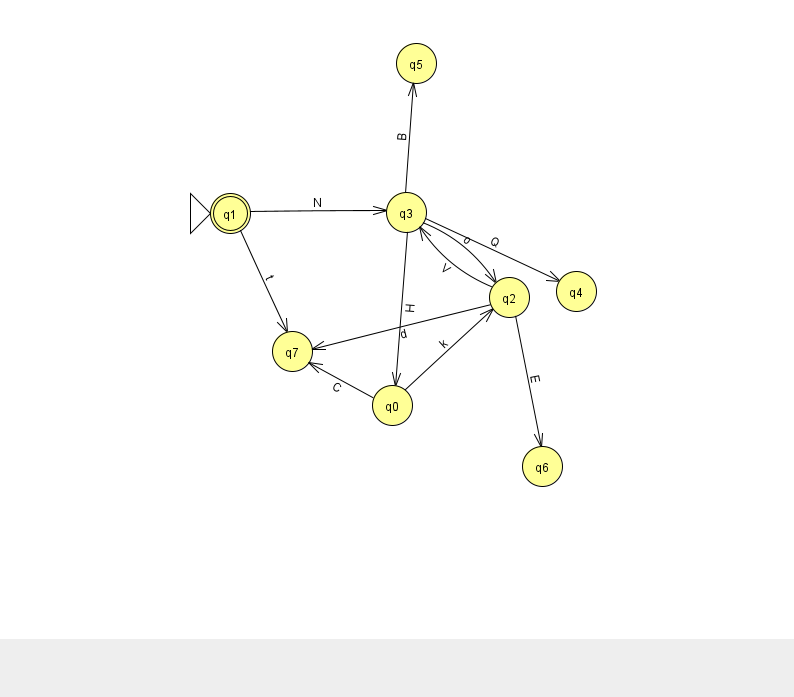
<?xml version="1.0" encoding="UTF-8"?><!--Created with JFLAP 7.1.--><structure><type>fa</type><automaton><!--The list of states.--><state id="0" name="q0"><x>392.0</x><y>392.0</y></state><state id="1" name="q1"><x>230.0</x><y>200.0</y><initial/><final/></state><state id="2" name="q2"><x>509.0</x><y>284.0</y></state><state id="3" name="q3"><x>406.0</x><y>199.0</y></state><state id="4" name="q4"><x>576.0</x><y>278.0</y></state><state id="5" name="q5"><x>416.0</x><y>50.0</y></state><state id="6" name="q6"><x>542.0</x><y>453.0</y></state><state id="7" name="q7"><x>292.0</x><y>338.0</y></state><!--The list of transitions.--><transition><from>3</from><to>0</to><read>H</read></transition><transition><from>3</from><to>5</to><read>B</read></transition><transition><from>1</from><to>7</to><read>t</read></transition><transition><from>3</from><to>2</to><read>o</read></transition><transition><from>3</from><to>4</to><read>Q</read></transition><transition><from>2</from><to>6</to><read>E</read></transition><transition><from>1</from><to>3</to><read>N</read></transition><transition><from>2</from><to>7</to><read>d</read></transition><transition><from>0</from><to>7</to><read>C</read></transition><transition><from>2</from><to>3</to><read>V</read></transition><transition><from>0</from><to>2</to><read>k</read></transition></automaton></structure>